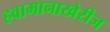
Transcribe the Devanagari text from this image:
हवामानाखेरीज